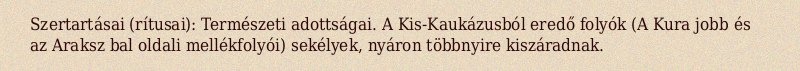
Szertartásai (rítusai): Természeti adottságai. A Kis-Kaukázusból eredő folyók (A Kura jobb és az Araksz bal oldali mellékfolyói) sekélyek, nyáron többnyire kiszáradnak.